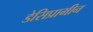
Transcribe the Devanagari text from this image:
डेसिप्रामीन